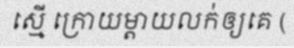
ស្មើ ក្រោយម្តាយលក់ឲ្យគេ (